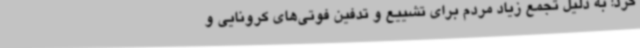
کرد: به دلیل تجمع زیاد مردم برای تشییع و تدفین فوتی‌های کرونایی و